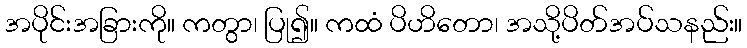
အပိုင်းအခြားကို။ ကတွာ၊ ပြု၍။ ကထံ ပိဟိတော၊ အသို့ပိတ်အပ်သနည်း။